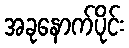
အခုနောက်ပိုင်း